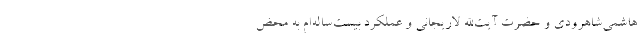
هاشمی‌شاهرودی و حضرت آیت‌الله لاریجانی و عملکرد بیست‌ساله‌ام به محض